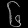
Digit: ၆